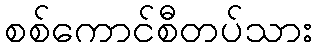
စစ်ကောင်စီတပ်သား